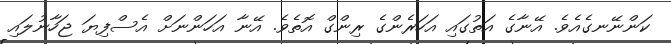
ކަންނޭނގެއެވެ. އޭނާގެ އަތުގައި އަހަރެންގެ ރިންގް އޮތެވެ. އޭނާ އަހަންނަށް އެސްފިޔަ ޖަހާނުލައި